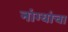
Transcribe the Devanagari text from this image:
नांग्यांचा